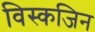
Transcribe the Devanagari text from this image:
विस्कजिन